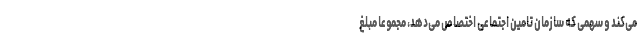
می‌کند و سهمی که سازمان تامین اجتماعی اختصاص می‌دهد، مجموعا مبلغ